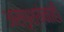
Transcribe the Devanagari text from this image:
अस्पृश्यंनाही